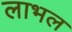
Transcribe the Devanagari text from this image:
लाभल